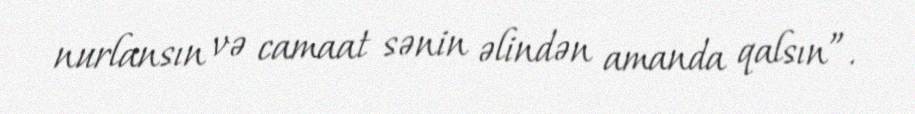
nurlansın və camaat sənin əlindən amanda qalsın”.